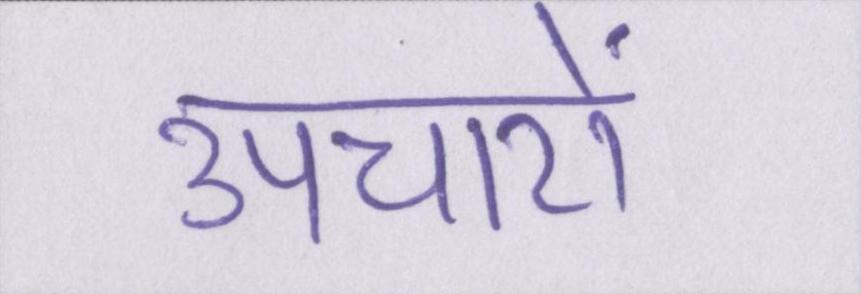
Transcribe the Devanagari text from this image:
उपचारों